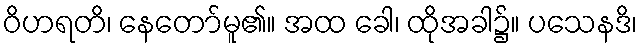
ဝိဟရတိ၊ နေတော်မူ၏။ အထ ခေါ၊ ထိုအခါ၌။ ပသေနဒိ၊